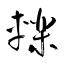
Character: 轢